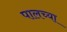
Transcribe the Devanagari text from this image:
पालच्या